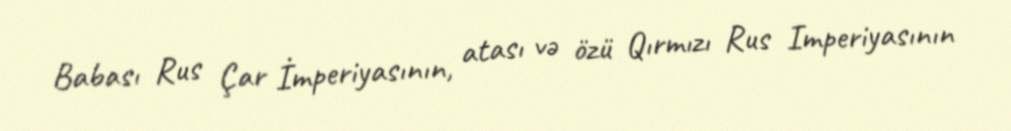
Babası Rus Çar İmperiyasının, atası və özü Qırmızı Rus Imperiyasının